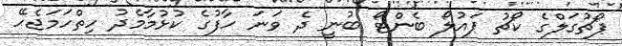
ޕޯޗުގަލްގެ ކޯޗު ޕައުލޯ ބެންޓޯ ބުނީ ދެ ވަނަ ހާފުގެ ކުޅުމާމެދު ހިތްހަމަޖެހޭ